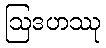
ဩဒဟဿု